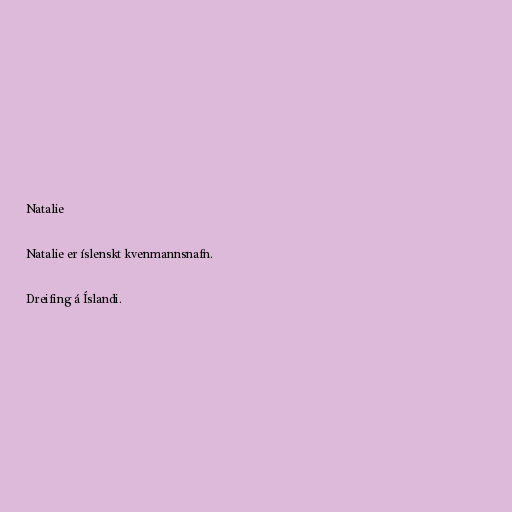
Natalie

Natalie er íslenskt kvenmannsnafn.

Dreifing á Íslandi.